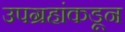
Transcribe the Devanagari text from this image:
उपग्रहांकडून